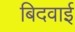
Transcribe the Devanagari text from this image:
बिदवाई